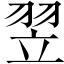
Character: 翌